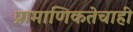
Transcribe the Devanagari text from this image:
प्रामाणिकतेचाही